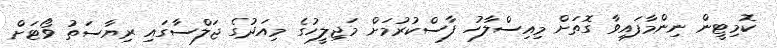
ކޮމިޓީން ނިންމާފައިވާ ގޮތަށް މިއިސްލާހު ފާސްކުރުމަށް މަޖިލީހުގެ މިއަދުގެ ޖަލްސާގައި ރިޔާސަތު ވޯޓަށް